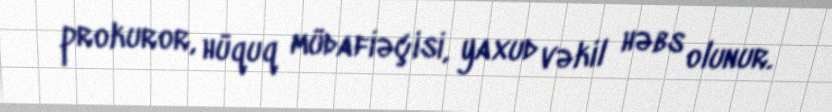
prokuror, hüquq müdafiəçisi, yaxud vəkil həbs olunur.